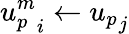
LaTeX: {u_{p}^{m}}_{i}\gets{u_{p}}_{j}